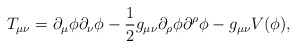
\begin{align*}T_{\mu\nu}=\partial_\mu\phi \partial_\nu \phi-\frac{1}{2}g_{\mu\nu}\partial_\rho\phi \partial^\rho \phi-g_{\mu\nu}V(\phi),\end{align*}